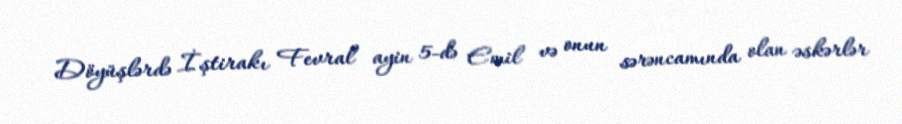
Döyüşlərdə İştirakı Fevral ayin 5-də Emil və onun sərəncamında olan əskərlər